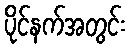
ပိုင်နက်အတွင်း